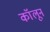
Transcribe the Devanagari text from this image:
कॉलून